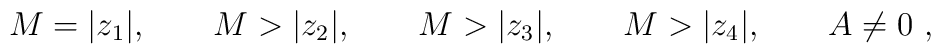
M= |z_1|, \qquad M>  |z_2|, \qquad M>|z_3|,  \qquad M> |z_4| , \qquad A \neq 0 \ ,